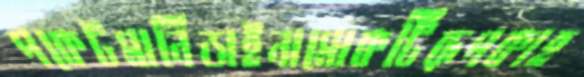
পকেটমানিডাইনামোকটিরূপকাহ